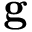
\textbf { g }